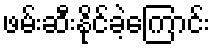
ဖမ်းဆီးနိုင်ခဲ့ကြောင်း